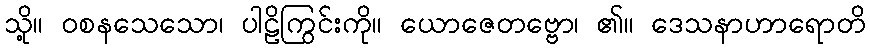
သို့။ ဝစနသေသော၊ ပါဠိကြွင်းကို။ ယောဇေတဗ္ဗော၊ ၏။ ဒေသနာဟာရောတိ